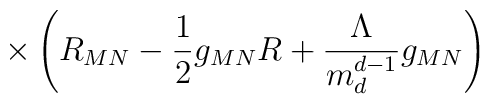
\times\left(R_{MN}-\frac{1}{2}g_{MN}R+\frac{\Lambda}{m_d^{d-1}}g_{MN}\right)